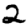
Digit: 2